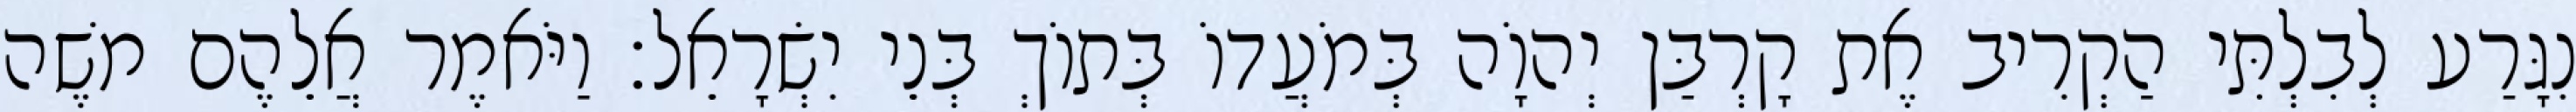
נִגָּרַע לְבִלְתִּי הַקְרִיב אֶת קָרְבַּן יְהוָֹה בְּמֹעֲדוֹ בְּתוֹךְ בְּנֵי יִשְׂרָאֵל׃ וַיֹּאמֶר אֲלֵהֶם משֶׁה